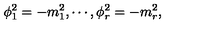
\phi _ { 1 } ^ { 2 } = - m _ { 1 } ^ { 2 } , \cdots , \phi _ { r } ^ { 2 } = - m _ { r } ^ { 2 } ,